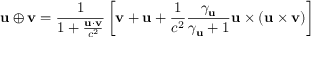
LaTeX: \mathbf { u } \oplus \mathbf { v } = { \frac { 1 } { 1 + { \frac { \mathbf { u } \cdot \mathbf { v } } { c ^ { 2 } } } } } \left[ \mathbf { v } + \mathbf { u } + { \frac { 1 } { c ^ { 2 } } } { \frac { \gamma _ { \mathbf { u } } } { \gamma _ { \mathbf { u } } + 1 } } \mathbf { u } \times ( \mathbf { u } \times \mathbf { v } ) \right]